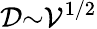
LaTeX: \mathcal{D}{\sim}\mathcal{V}^{1/2}